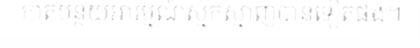
កាត់បន្ថយអារម្មណ៍ស្មុកស្មាញបានទៀតផង។